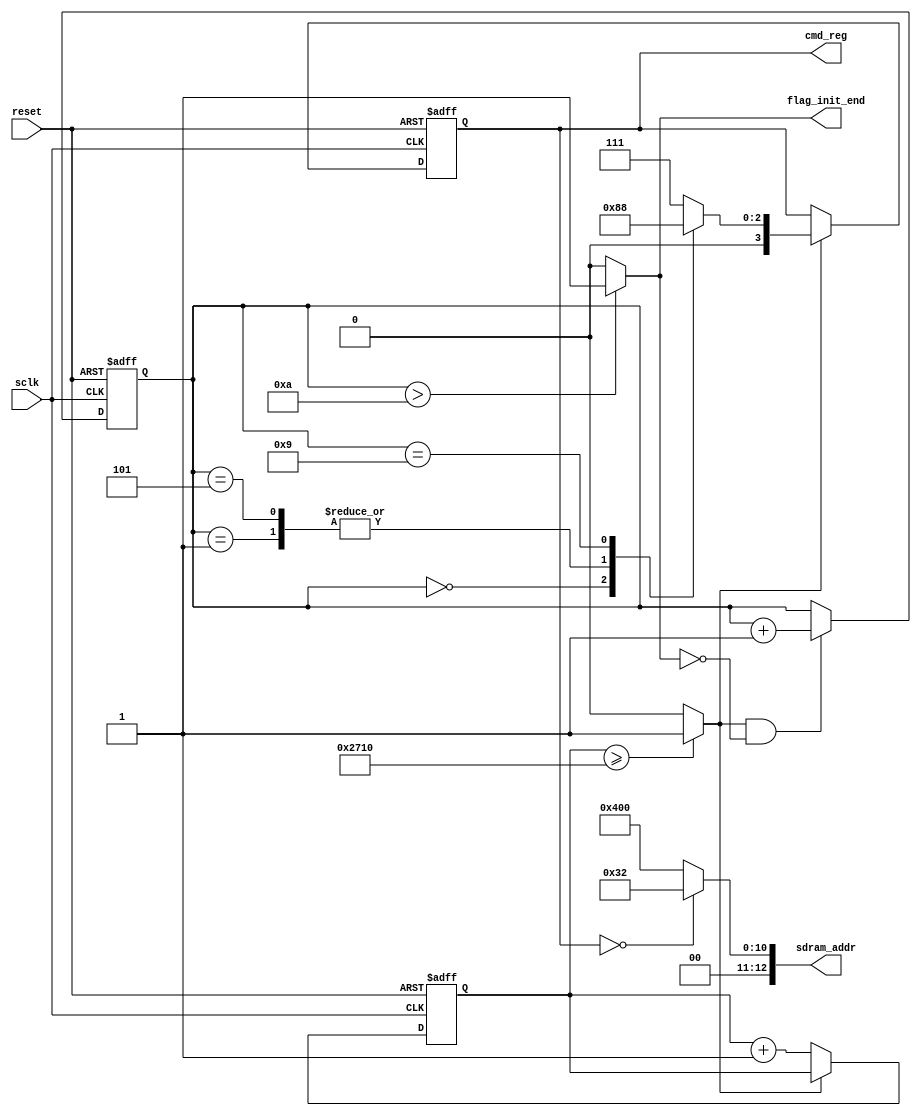
module sdram_init(
		//system singles
		input				sclk			,
		input				reset			,
		//others	
		output	reg	[3:0]	cmd_reg			,//输出
		output	wire[12:0]	sdram_addr		,
		output	wire 		flag_init_end	
 
);
//===============================================================
//*************Define parameter and Internal Singles*************
//===============================================================
 
localparam		DELAY_200US		=	  10000	;
//SDRAM Command
localparam		NOP				=	 4'b0111;
localparam		PRE				=	 4'b0010;
localparam		AREF			=	 4'b0001;
localparam		MSET			=	 4'b0000;
				reg	[13:0]	cnt_200us			;
				wire		flag_200us			;
				reg	[3:0]	cnt_cmd				;
//===============================================================
//****************    Main Code    ***********
//===============================================================				
//cnt_200us
always@(posedge sclk or negedge reset)begin
		if(!reset)
			cnt_200us	<=	'd0;
		else if(flag_200us == 1'b0)
			cnt_200us	<=	cnt_200us +	1'b1;
end
//cnt_cmd
always@(posedge sclk or negedge reset)begin
		if(!reset)
			cnt_cmd	<=	1'd0;
		else if(flag_200us == 1'b1 && flag_init_end == 1'b0)
			cnt_cmd	<=	cnt_cmd +	1'b1;
end
//cmd_reg
always@(posedge sclk or negedge reset)begin
		if(!reset)
			cmd_reg	<=	NOP;		
		else if(flag_200us == 1'b1)
			case(cnt_cmd)
				0:		cmd_reg	<=	PRE;
				1:		cmd_reg	<=	AREF;
				5:		cmd_reg	<=	AREF;
				9:		cmd_reg	<=	MSET;	
				default:cmd_reg	<=	NOP;
			endcase			
end
//sdram_addr
 
assign  flag_init_end	=	(cnt_cmd > 10)? 1'b1 : 1'b0;
assign	sdram_addr		=	(cmd_reg == MSET)?	13'b0_0000_00011_0010 : 13'b0_0100_0000_0000;//代表4突发 3潜伏。。。	
assign	flag_200us		=	(cnt_200us >= DELAY_200US)?	 1'b1 :	1'b0;
 
 
endmodule